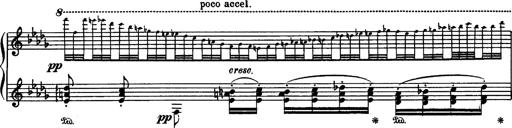
Title: Paraphrase de concert sur Rigoletto
Composer: Franz Liszt